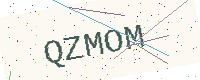
Text: QZMOM